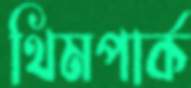
থিমপার্ক